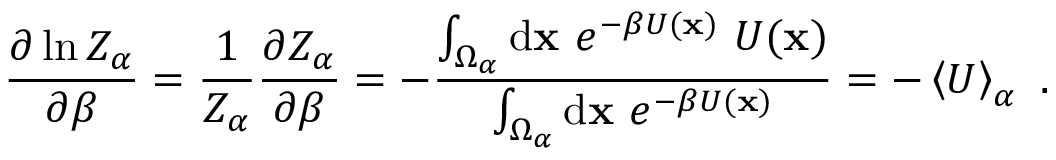
\frac { \partial \ln Z _ { \alpha } } { \partial \beta } = \frac { 1 } { Z _ { \alpha } } \frac { \partial Z _ { \alpha } } { \partial \beta } = - \frac { \int _ { \Omega _ { \alpha } } \ensuremath { \mathrm { d } } \ensuremath { \mathbf { x } } \ e ^ { - \beta U ( \ensuremath { \mathbf { x } } ) } \ U ( \ensuremath { \mathbf { x } } ) } { \int _ { \Omega _ { \alpha } } \ensuremath { \mathrm { d } } \ensuremath { \mathbf { x } } \ e ^ { - \beta U ( \ensuremath { \mathbf { x } } ) } } = - \left< U \right> _ { \alpha } \ .